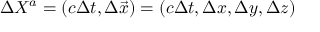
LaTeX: \Delta X ^ { a } = \left( c \Delta t , \Delta { \vec { x } } \right) = ( c \Delta t , \Delta x , \Delta y , \Delta z )